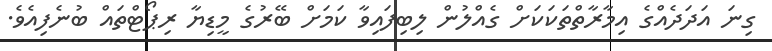
ގިނަ އަދަދެއްގެ އިމާރާތްތަކަކަށް ގެއްލުން ލިބިފައިވާ ކަމަށް ބޭރުގެ މީޑިޔާ ރިޕޯޓްތައް ބުނެފިއެވެ.